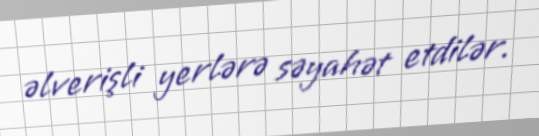
əlverişli yerlərə səyahət etdilər.